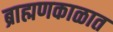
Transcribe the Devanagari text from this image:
ब्राह्मणकाळात